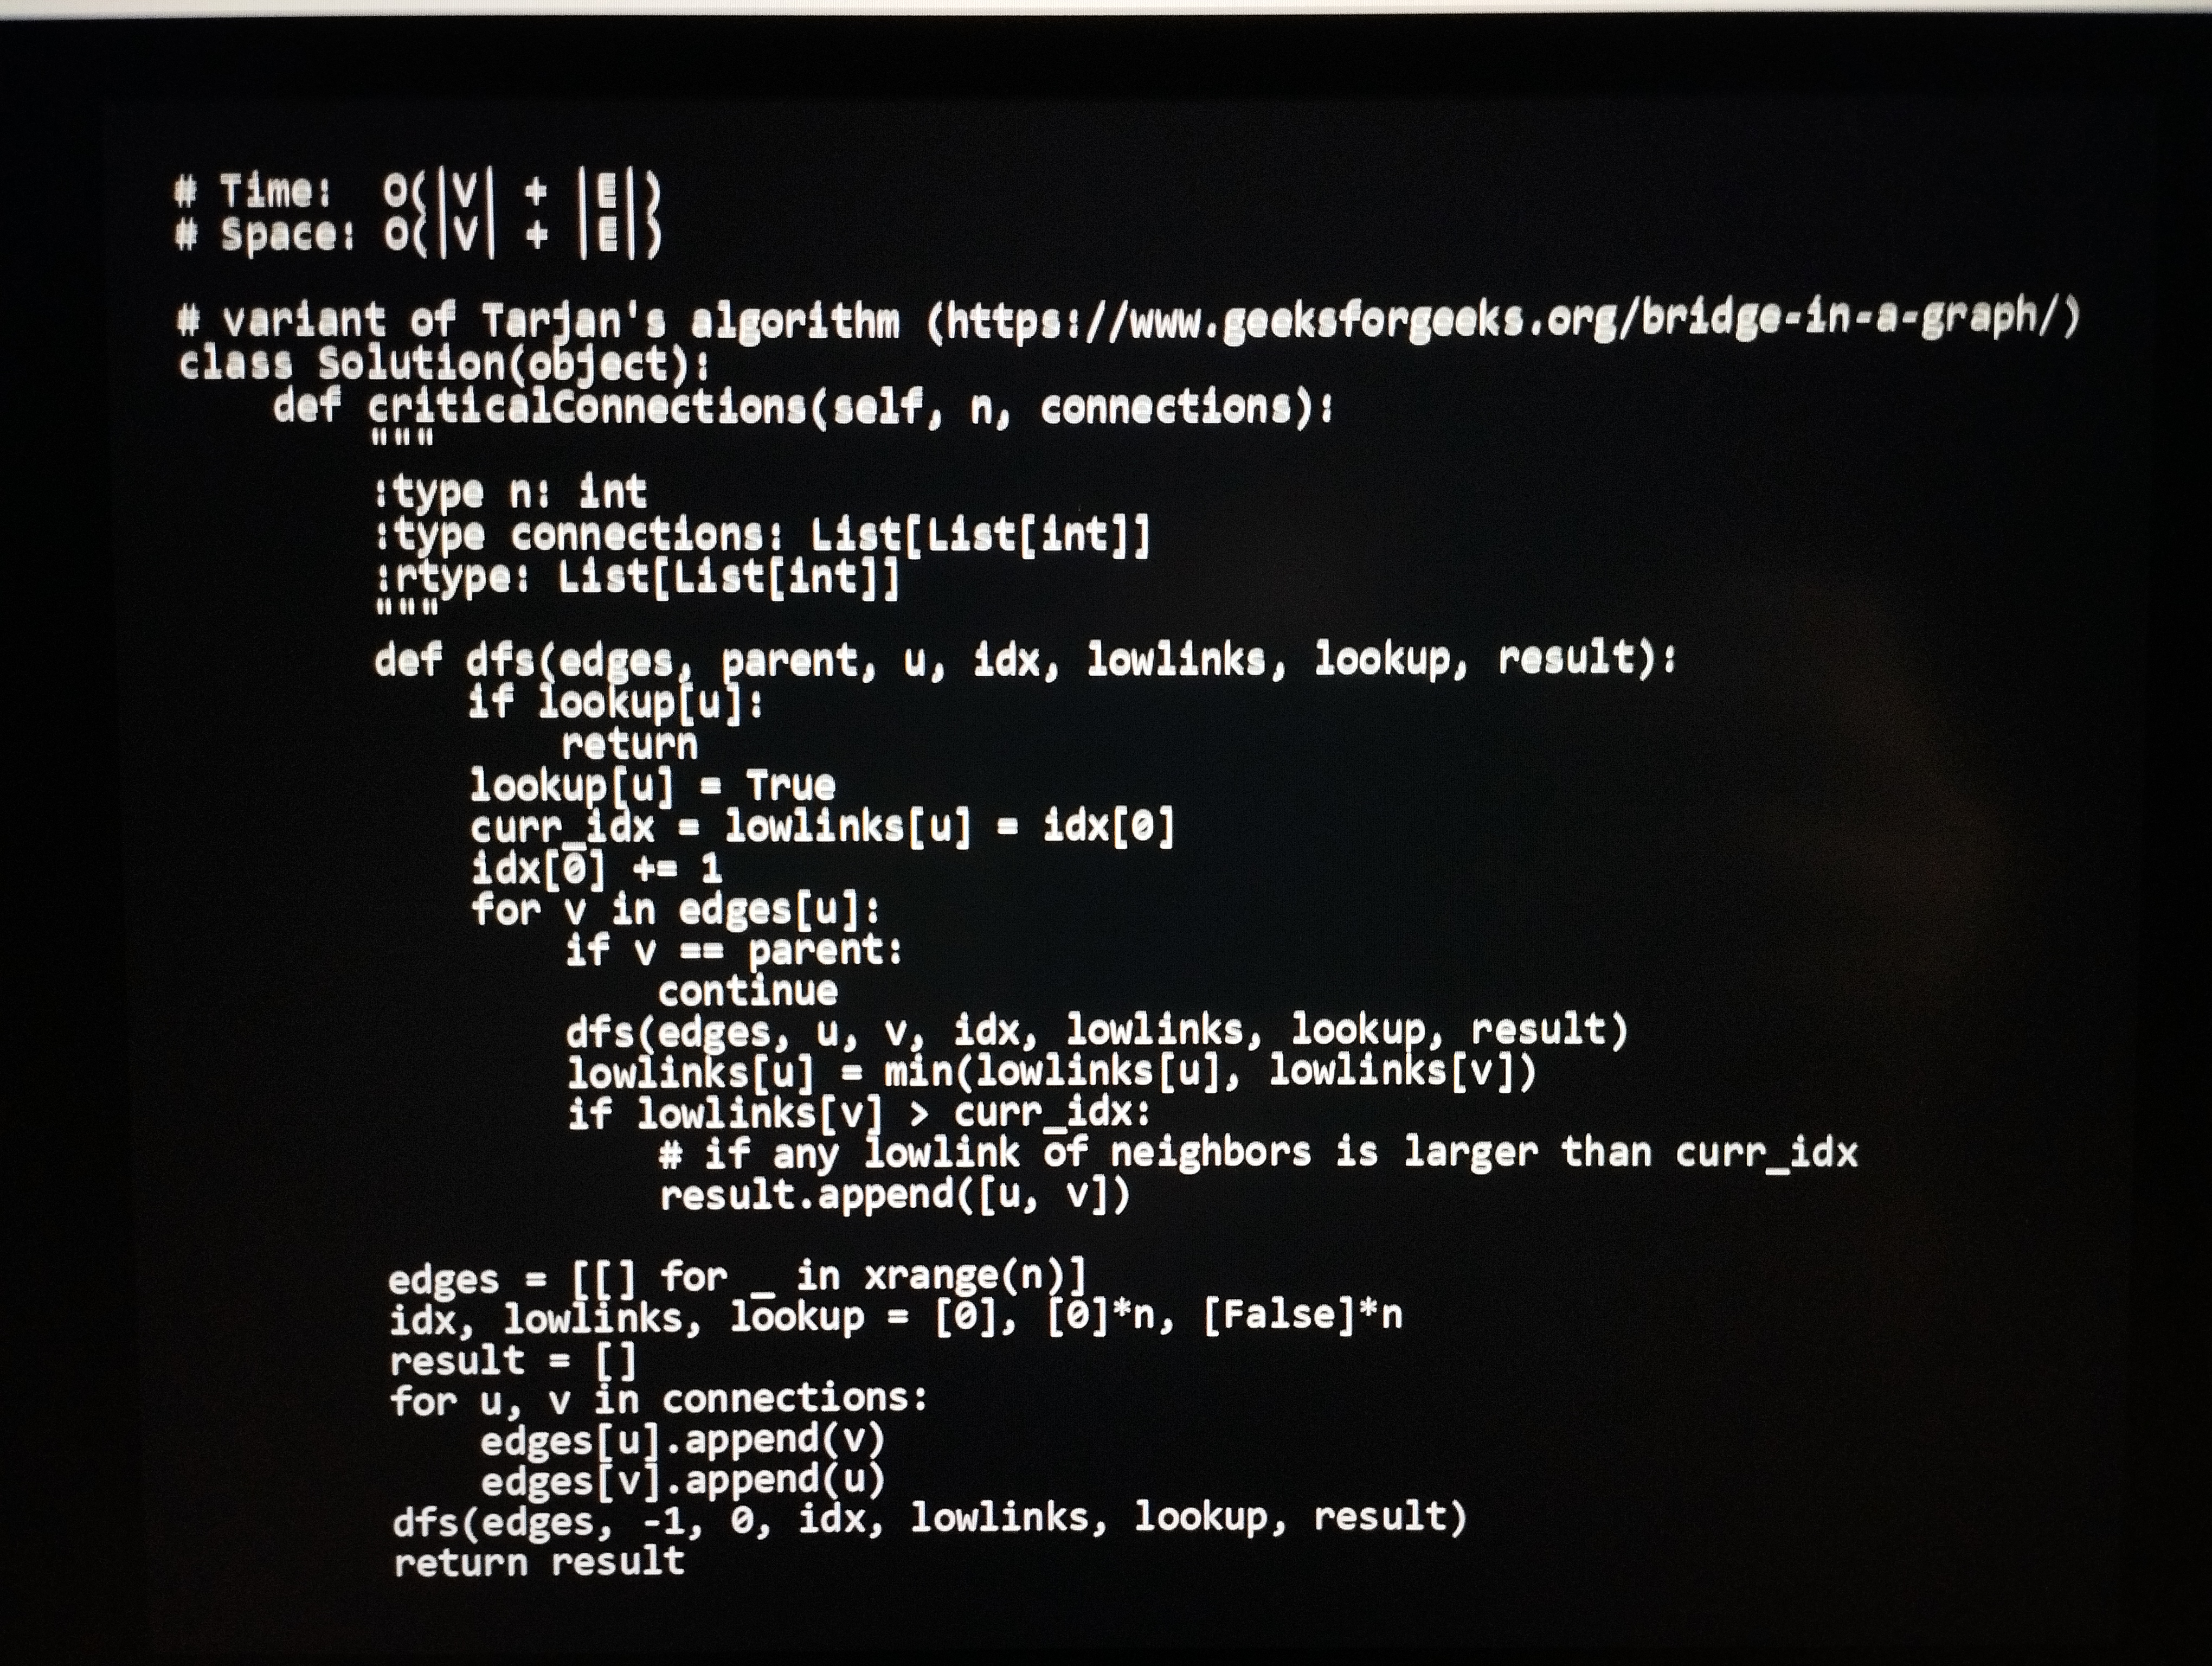
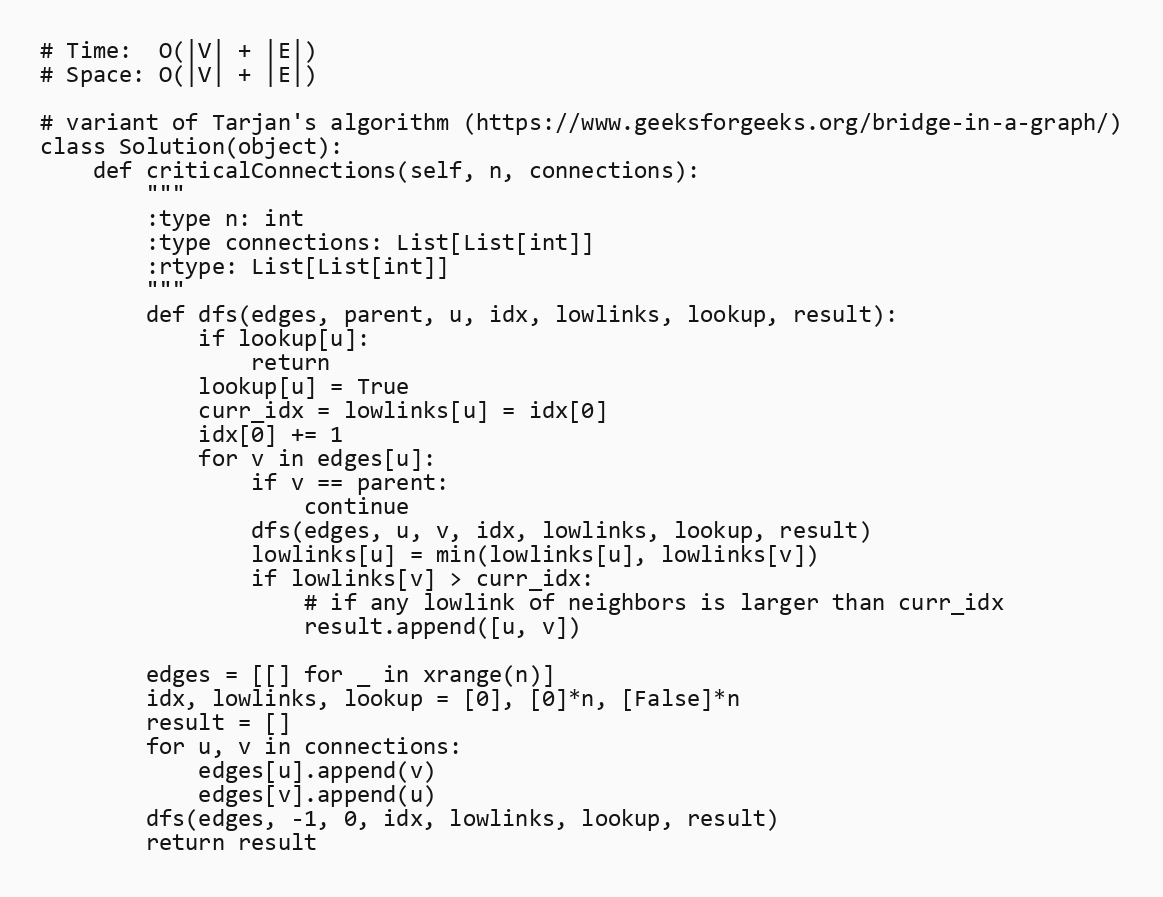
# Time:  O(|V| + |E|)
# Space: O(|V| + |E|)

# variant of Tarjan's algorithm (https://www.geeksforgeeks.org/bridge-in-a-graph/)
class Solution(object):
    def criticalConnections(self, n, connections):
        """
        :type n: int
        :type connections: List[List[int]]
        :rtype: List[List[int]]
        """
        def dfs(edges, parent, u, idx, lowlinks, lookup, result):
            if lookup[u]:
                return
            lookup[u] = True
            curr_idx = lowlinks[u] = idx[0]
            idx[0] += 1
            for v in edges[u]:
                if v == parent:
                    continue
                dfs(edges, u, v, idx, lowlinks, lookup, result)
                lowlinks[u] = min(lowlinks[u], lowlinks[v])
                if lowlinks[v] > curr_idx:
                    # if any lowlink of neighbors is larger than curr_idx
                    result.append([u, v])

        edges = [[] for _ in xrange(n)]
        idx, lowlinks, lookup = [0], [0]*n, [False]*n
        result = []
        for u, v in connections:
            edges[u].append(v)
            edges[v].append(u)
        dfs(edges, -1, 0, idx, lowlinks, lookup, result)
        return result